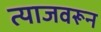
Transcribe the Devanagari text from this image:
त्याजवरून